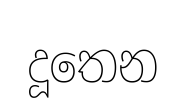
දූතෙන